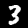
Label: 3